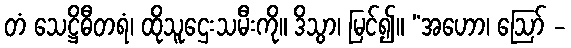
တံ သေဋ္ဌိဓီတရံ၊ ထိုသူဌေးသမီးကို။ ဒိသွာ၊ မြင်၍။ “အဟော၊ ဩော် -